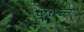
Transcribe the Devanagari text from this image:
बूषन